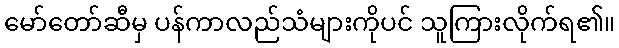
မော်တော်ဆီမှ ပန်ကာလည်သံများကိုပင် သူကြားလိုက်ရ၏။